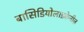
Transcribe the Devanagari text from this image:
बासिडियोलाइकेनीज़